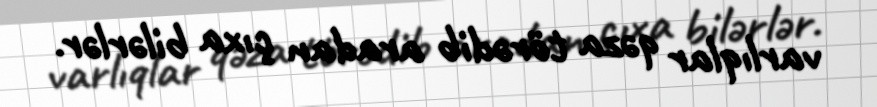
varlıqlar qəza törədib aradan çıxa bilərlər.